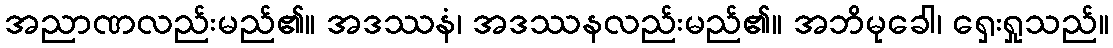
အညာဏလည်းမည်၏။ အဒဿနံ၊ အဒဿနလည်းမည်၏။ အဘိမုခေါ၊ ရှေးရှုသည်။